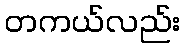
တကယ်လည်း